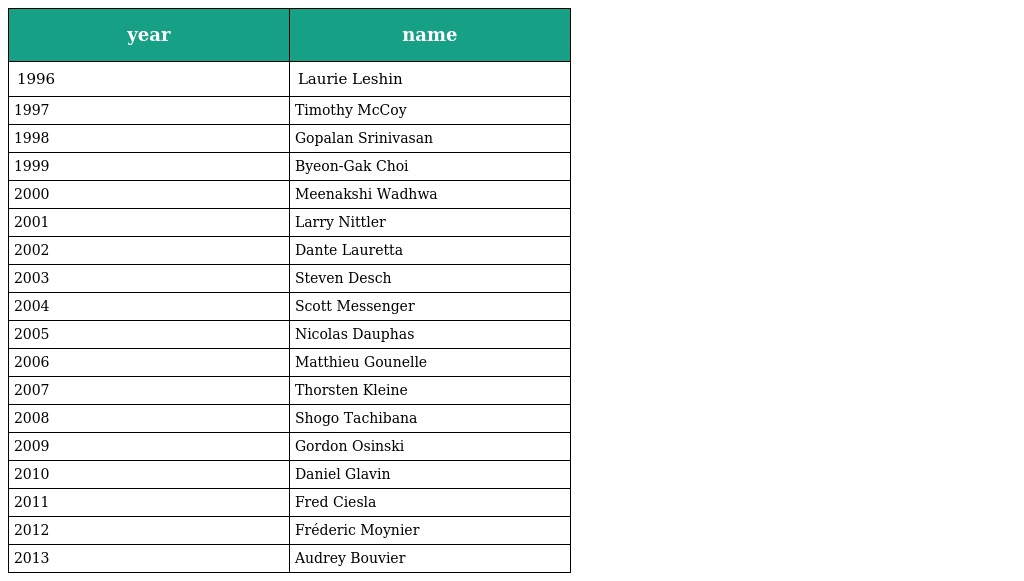
| year | name |
 | --- | --- |
 | 1996 | Laurie Leshin |
 | 1997 | Timothy McCoy |
 | 1998 | Gopalan Srinivasan |
 | 1999 | Byeon-Gak Choi |
 | 2000 | Meenakshi Wadhwa |
 | 2001 | Larry Nittler |
 | 2002 | Dante Lauretta |
 | 2003 | Steven Desch |
 | 2004 | Scott Messenger |
 | 2005 | Nicolas Dauphas |
 | 2006 | Matthieu Gounelle |
 | 2007 | Thorsten Kleine |
 | 2008 | Shogo Tachibana |
 | 2009 | Gordon Osinski |
 | 2010 | Daniel Glavin |
 | 2011 | Fred Ciesla |
 | 2012 | Fréderic Moynier |
 | 2013 | Audrey Bouvier |